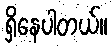
ရှိနေပါတယ်။